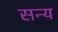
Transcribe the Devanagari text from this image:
सन्य